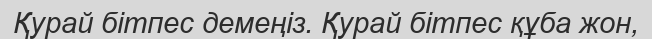
Қурай бітпес демеңіз. Қурай бітпес құба жон,